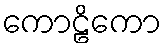
ကောဠိကော